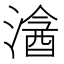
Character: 𣻦